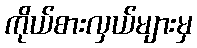
ကိုယ်စားလှယ်များမှ